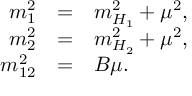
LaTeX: \begin{array} { r c l } { { m _ { 1 } ^ { 2 } } } & { { = } } & { { m _ { H _ { 1 } } ^ { 2 } + \mu ^ { 2 } , } } \\ { { m _ { 2 } ^ { 2 } } } & { { = } } & { { m _ { H _ { 2 } } ^ { 2 } + \mu ^ { 2 } , } } \\ { { m _ { 1 2 } ^ { 2 } } } & { { = } } & { { B \mu . } } \end{array}